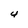
Character: 4